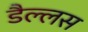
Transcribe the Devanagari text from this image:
डैल्लस